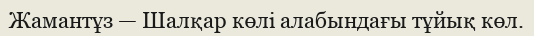
Жамантұз — Шалқар көлі алабындағы тұйық көл.